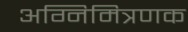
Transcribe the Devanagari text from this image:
अग्निमित्रणक